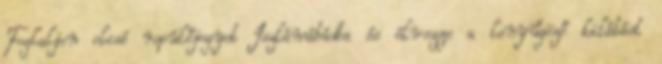
Foglaljon olcsó repülőjegyet Iszlámábádba és élvezze a lenyűgöző kilátást